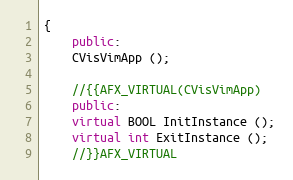
Language: C++
{
    public:
	CVisVimApp ();

	//{{AFX_VIRTUAL(CVisVimApp)
    public:
	virtual BOOL InitInstance ();
	virtual int ExitInstance ();
	//}}AFX_VIRTUAL